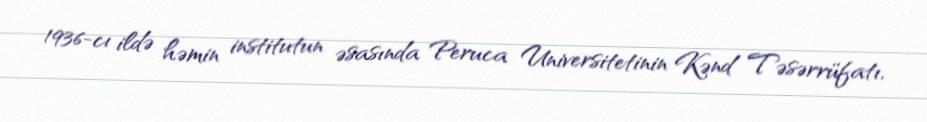
1936-cı ildə həmin institutun əsasında Peruca Universitetinin Kənd Təsərrüfatı,